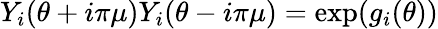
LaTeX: Y_{i}(\theta+i\pi\mu)Y_{i}(\theta-i\pi\mu)=\exp(g_{i}(\theta))